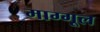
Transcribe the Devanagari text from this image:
माग्गूल